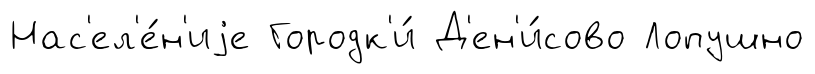
Нас'ел'е́н'иjе Городк'и́ Д'ен'и́сово Лопушно